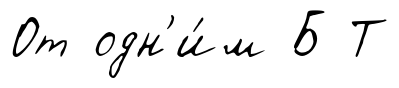
От одн'и́м Б Т